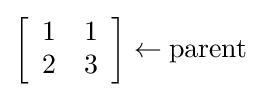
\left[{\begin{array}{*{20}{c}}1&1\\2&3\end{array}}\right]\leftarrow {\text{parent}}